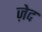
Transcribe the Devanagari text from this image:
ज़ेद